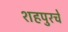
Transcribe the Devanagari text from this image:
शहपुरचे